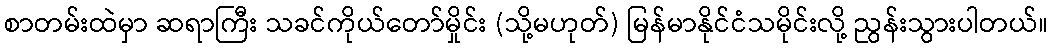
စာတမ်းထဲမှာ ဆရာကြီး သခင်ကိုယ်တော်မှိုင်း (သို့မဟုတ်) မြန်မာနိုင်ငံသမိုင်းလို့ ညွန်းသွားပါတယ်။